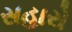
સહારો